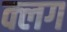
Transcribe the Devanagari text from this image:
क्लग